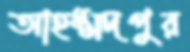
আহম্মদপুর